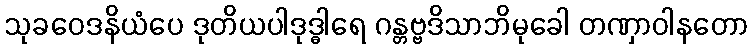
သုခဝေဒနိယံပေ ဒုတိယပါဒုဒ္ဓါရေ ဂန္တဗ္ဗဒိသာဘိမုခေါ တဏှာဝါနတော